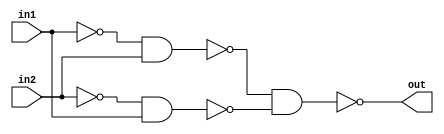
module XOR(out,in1,in2);
output out;
input in1,in2;
wire in1bar,in2bar,w1,w2;
nand(in1bar,in1,in1);
nand(in2bar,in2,in2);
nand(w1,in1bar,in2);
nand(w2,in2bar,in1);
nand(out,w1,w2);
endmodule